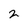
Character: 2